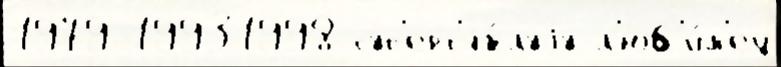
1979 19931998 суп'ерт'яж́луjу л'юб'и́м'ец